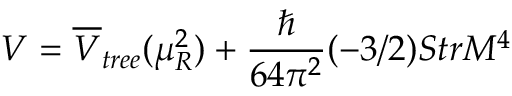
V = \overline { { { V } } } _ { t r e e } ( \mu _ { R } ^ { 2 } ) + \frac { \hbar } { 6 4 \pi ^ { 2 } } ( - 3 / 2 ) S t r M ^ { 4 }